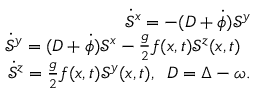
\begin{array} { r l r } & { } & { \dot { \mathcal { S } } ^ { x } = - ( D + \dot { \phi } ) \mathcal { S } ^ { y } } \\ & { } & { \dot { \mathcal { S } } ^ { y } = ( D + \dot { \phi } ) \mathcal { S } ^ { x } - \frac { g } { 2 } f ( x , t ) \mathcal { S } ^ { z } ( x , t ) \; \; } \\ & { } & { \dot { \mathcal { S } } ^ { z } = \frac { g } { 2 } f ( x , t ) \mathcal { S } ^ { y } ( x , t ) , \; \; D = \Delta - \omega . } \end{array}